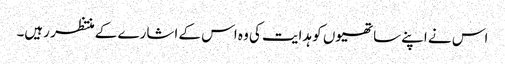
اس نے اپنے ساتھیوں کو ہدایت کی وہ اس کے اشارے کے منتظر رہیں۔